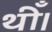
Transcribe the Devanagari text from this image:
थीँ।